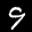
Label: 9